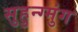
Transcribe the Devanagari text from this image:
सुहुन्ग्मुंग